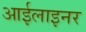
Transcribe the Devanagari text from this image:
आईलाइनर